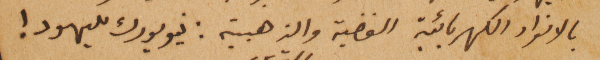
بالانوار الكهربائية الفضية والذهبية: نيويورك لليهود!